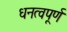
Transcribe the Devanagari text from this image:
धनत्वपूर्ण